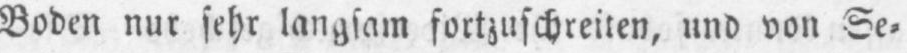
Boden nur sehr langsam fortzuschreiten, und von Se⸗